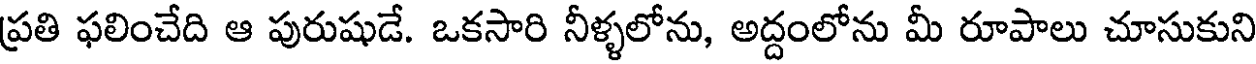
ప్రతి ఫలించేది ఆ పురుషుడే. ఒకసారి నీళ్ళలోను, అద్దంలోను మీ రూపాలు చూసుకుని